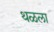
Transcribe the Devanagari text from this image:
थळला